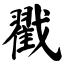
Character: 戳